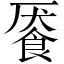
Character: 餍